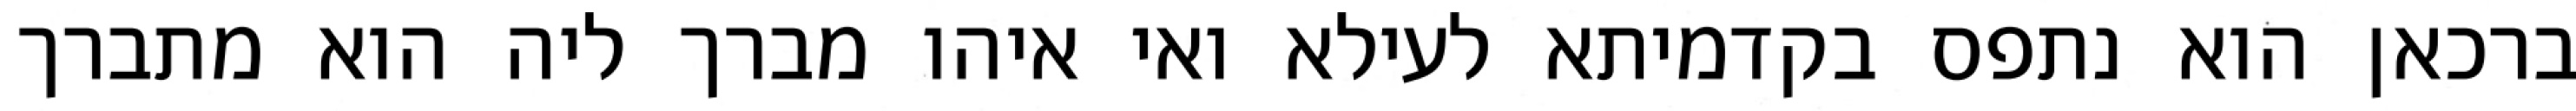
ברכאן הוא נתפס בקדמיתא לעילא ואי איהו מברך ליה הוא מתברך